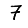
Digit: 7